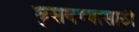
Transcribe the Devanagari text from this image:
घुसवण्यासाठी